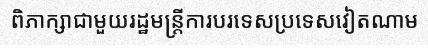
ពិភាក្សាជាមួយរដ្ឋមន្ត្រីការបរទេសប្រទេសវៀតណាម